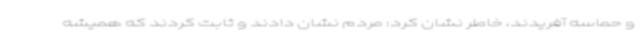
و حماسه آفریدند، خاطر نشان کرد: مردم نشان دادند و ثابت کردند که همیشه